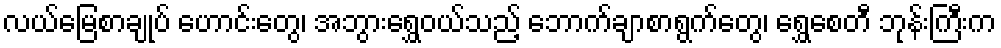
လယ်မြေစာချုပ် ဟောင်းတွေ၊ အဘွားရွှေဝယ်သည့် ဘောက်ချာစာရွက်တွေ၊ ရွှေစေတီ ဘုန်းကြီးက